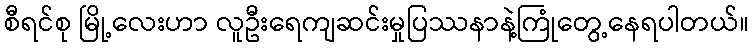
စီရင်စု မြို့လေးဟာ လူဦးရေကျဆင်းမှုပြဿနာနဲ့ကြုံတွေ့နေရပါတယ်။